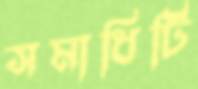
সমাধিটি